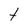
Character: t